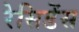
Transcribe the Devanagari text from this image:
रेसिडेंस